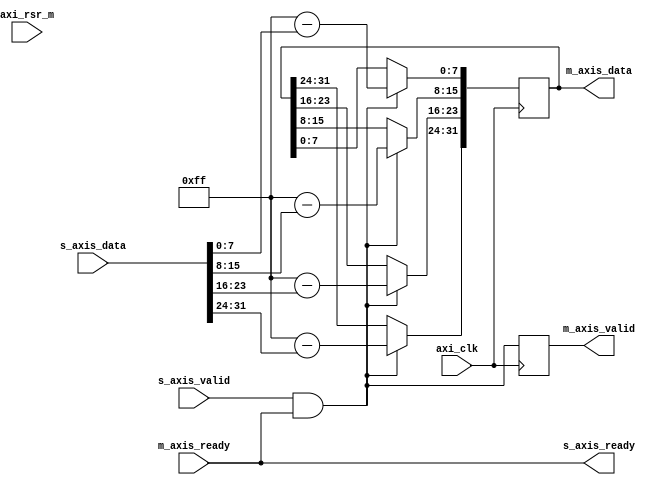
`timescale 1ns / 1ps
//////////////////////////////////////////////////////////////////////////////////
// Company: 
// Engineer: 
// 
// Design Name: 
// Module Name: inverter
// Project Name: 
// Target Devices: 
// Tool Versions: 
// Description: 
// 
// Dependencies: 
// 
// Revision:
// Revision 0.01 - File Created
// Additional Comments:
// 
//////////////////////////////////////////////////////////////////////////////////


module inverter#(parameter DATA_WIDTH=32)(
input axi_clk,axi_rsr_m,


//slave axi4-stream interface
input s_axis_valid,
input [DATA_WIDTH-1:0]s_axis_data,
output s_axis_ready,
//axi4 stream master interface
output reg m_axis_valid,
output reg [DATA_WIDTH-1:0]m_axis_data,
input m_axis_ready

    );
    
    
    integer i;
    assign s_axis_ready=m_axis_ready;
    
 always@(posedge axi_clk)
    begin
        if(s_axis_valid & s_axis_ready)
            begin
               
                for(i=0;i<DATA_WIDTH/8;i=i+1)
                    begin
                        m_axis_data[i*8+:8]<=255-s_axis_data[i*8+:8];
                    end
               end
    
    end
    
   always@(posedge axi_clk)
    begin
        m_axis_valid<=s_axis_valid&s_axis_ready;//after getting data, valid becomes for nect clock cycle
    end
    
       
    
    
endmodule